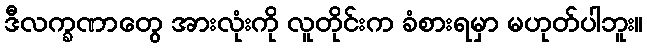
ဒီလက္ခဏာတွေ အားလုံးကို လူတိုင်းက ခံစားရမှာ မဟုတ်ပါဘူး။